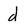
Character: d